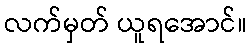
လက်မှတ် ယူရအောင်။